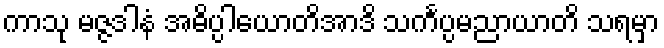
ကာသု မဇ္ဇဒါနံ အဓိပ္ပါယောတိအာဒိ သင်္ကပ္ပမညာယာတိ သရမှာ